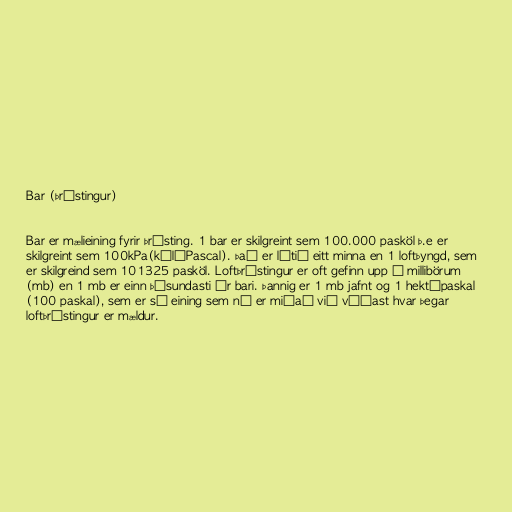
Bar (þrýstingur)

Bar er mælieining fyrir þrýsting. 1 bar er skilgreint sem 100.000 pasköl þ.e er
skilgreint sem 100kPa(kílóPascal). Það er lítið eitt minna en 1 loftþyngd, sem
er skilgreind sem 101325 pasköl. Loftþrýstingur er oft gefinn upp í millibörum
(mb) en 1 mb er einn þúsundasti úr bari. Þannig er 1 mb jafnt og 1 hektópaskal
(100 paskal), sem er sú eining sem nú er miðað við víðast hvar þegar
loftþrýstingur er mældur.